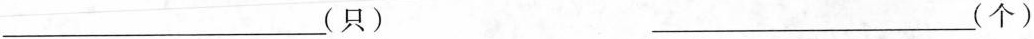
___(只) ___(个)